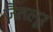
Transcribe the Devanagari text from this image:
जैतलूर